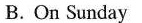
B.On Sunday